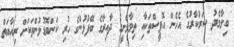
ބިލާމެދު ސަރުކާރުގެ އެހެން އޮފީސްތަކާއި ތިމާވެށީގެ ދާއިރާގެ ބޭފުޅުންގެ ހުރި ކަންބޮޑުވުންތަކަށް ރިއާޔަތް